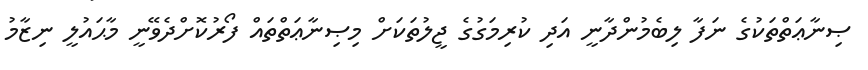
ޞިނާޢަތްތަކުގެ ނަފާ ލިބެމުންދާނީ އަދި ކުރިމަގުގެ ޖީލުތަކަށް މިޞިނާޢަތްތައް ފޯރުކޮށްދެވޭނީ މާޙައުލީ ނިޒާމު